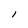
Character: l